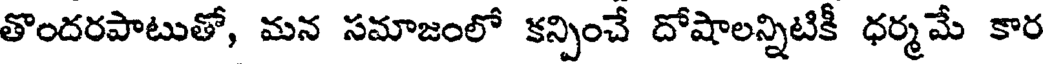
తొందరపాటుతో, మన సమాజంలో కన్పించే దోషాలన్నిటికీ ధర్మమే కార